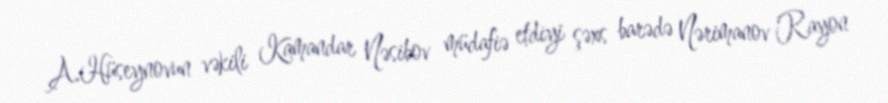
A.Hüseynovun vəkili Kamandar Nəsibov müdafiə etdiyi şəxs barədə Nərimanov Rayon